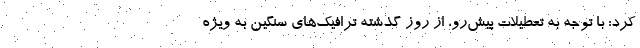
کرد: با توجه به تعطیلات پیش‌رو، از روز گذشته ترافیک‌های سنگین به ویژه